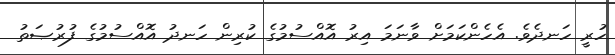
ހުރީ ހަނދެވެ. އެހެންކަމަށް ވާނަމަ އިރު އޮއްސުމުގެ ކުރިން ހަނދު އޮއްސުމުގެ ފުރުޞަތު